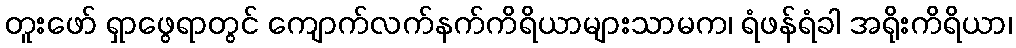
တူးဖော် ရှာဖွေရာတွင် ကျောက်လက်နက်ကိရိယာများသာမက၊ ရံဖန်ရံခါ အရိုးကိရိယာ၊